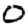
Digit: 0